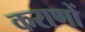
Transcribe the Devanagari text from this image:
कराणों